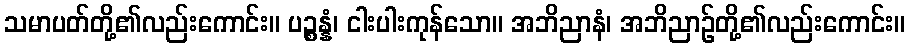
သမာပတ်တို့၏လည်းကောင်း။ ပဉ္စန္နံ၊ ငါးပါးကုန်သော။ အဘိညာနံ၊ အဘိညာဉ်တို့၏လည်းကောင်း။